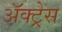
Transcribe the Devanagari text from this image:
ॲक्ट्रेस